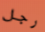
رجل